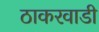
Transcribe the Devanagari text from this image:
ठाकरवाडी